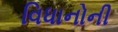
વિધાનોની